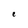
Character: e